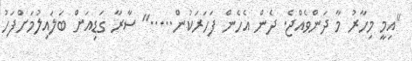
"އިމީ މިހާރު މާ ދަންވެއްޖެ. ދެން އެހެން ފަހަރަކުން....." ސާރާ ގަޑިއަށް ބަލައިލުމަށްފަހު